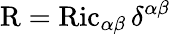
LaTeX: \operatorname{R}=\operatorname{Ric}_{\alpha\beta}\delta^{\alpha\beta}